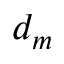
d _ { m }